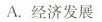
A.经济发展